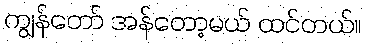
ကျွန်တော် အန်တော့မယ် ထင်တယ်။